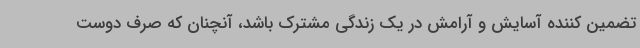
تضمین کننده آسایش و آرامش در یک زندگی مشترک باشد، آنچنان که صرف دوست